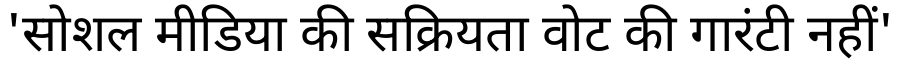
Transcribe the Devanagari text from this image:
'सोशल मीडिया की सक्रियता वोट की गारंटी नहीं'